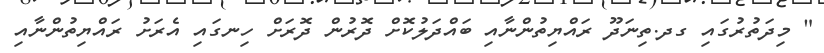
" މިދަތުރުގައި ގދ.ތިނަދޫ ރައްޔިތުންނާއި ބައްދަލުކޮށް ދޮރުން ދޮރަށް ހިނގައި އެރަށު ރައްޔިތުންނާއި